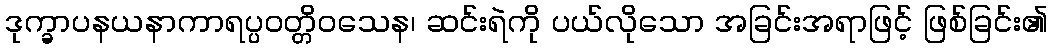
ဒုက္ခာပနယနာကာရပ္ပဝတ္တိဝသေန၊ ဆင်းရဲကို ပယ်လိုသော အခြင်းအရာဖြင့် ဖြစ်ခြင်း၏